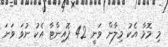
މި މޮޅާ އެކު މިލާން ވަނީ 42 ޕޮއިންޓާ އެކު ނުވަ ވަނަ